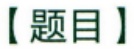
【题目】